Trukikaitis_Postimees, lk 165
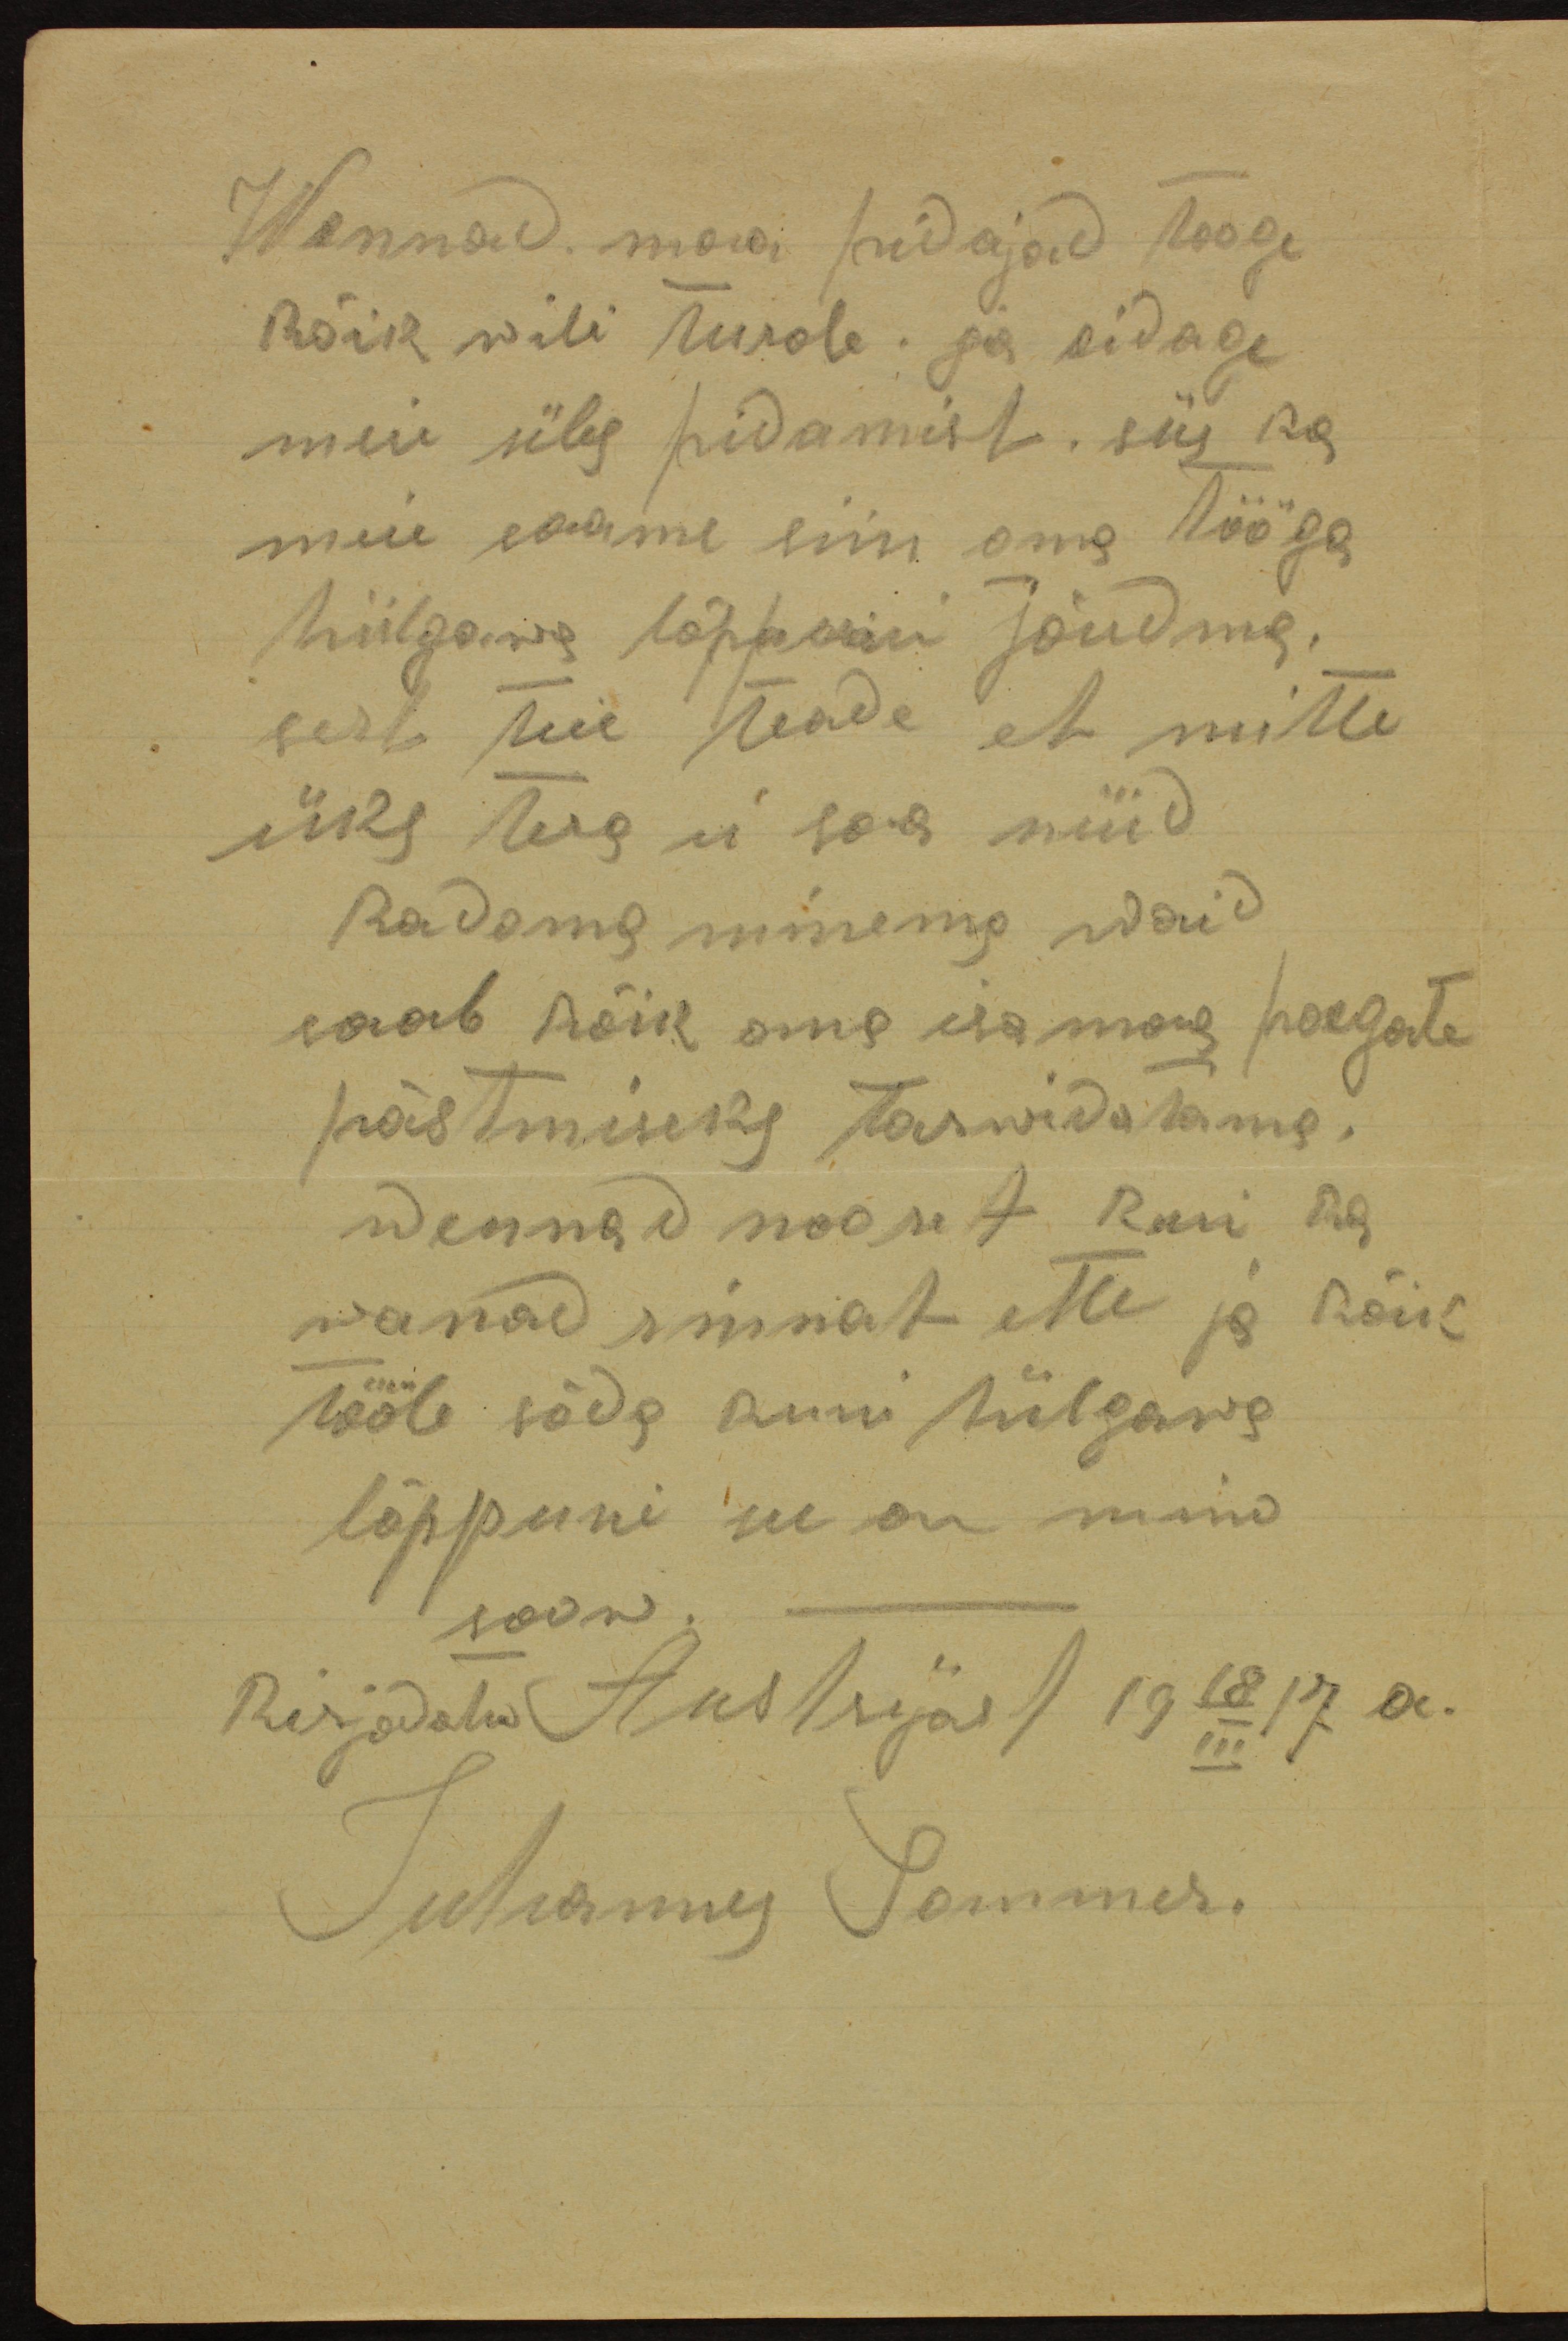
Wennad mõisa pidajad tooge
Kõik wili turole ja pidage
meie üles pidamist, siis ka
meie saame siin oma tööga
hiilgawa lõppuni jõudma.
sest teie teade et mitte
üks tiig ei saa nüid
Radama minema waid
saab kõik oma isamaa poegate
pästmiseks tarwidatama.
wennad nooret kui isa
wanad rinnat ette ja kõik
tööle sõda kuni hilgawa
lõppuni see on mino
soow
kirjodatud Austrijast 19 18/III 17 a.
Juhannes Sommer.